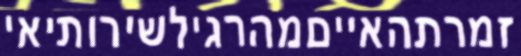
זמרתהאייםמהרגילשירותיאי